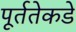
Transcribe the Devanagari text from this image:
पूर्ततेकडे